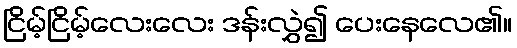
ငြိမ့်ငြိမ့်လေးလေး ဒန်းလွှဲ၍ ပေးနေလေ၏။